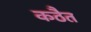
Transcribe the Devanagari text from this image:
कठैत